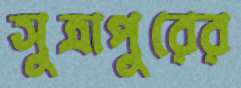
সুত্রাপুরের